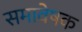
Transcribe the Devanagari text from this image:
समावेषक